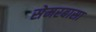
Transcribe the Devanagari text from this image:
सेमरबासा